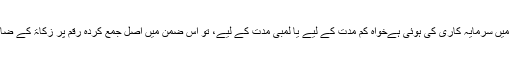
* اگر کسی شخص نے میوچول فنڈ میں سرمایہ کاری کی ہوئی ہےخواہ کم مدت کے لیے یا لمبی مدت کے لیے، تو اس ضمن میں اصل جمع کردہ رقم پر زکاۃ کے ضابطہ کے مطابق زکاۃ واجب ہوگی۔